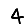
Digit: 4